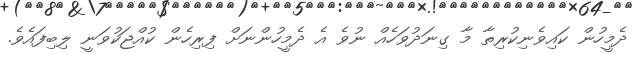
ދެމީހުން ކައިވެނިކުރިިިތާ މާ ގިނަދުވަހެއް ނުވެ އެ ދެމީހުންނަށް ފިރިހެން ކުއްޖަކުވަނީ ލިބިފައެވެ.